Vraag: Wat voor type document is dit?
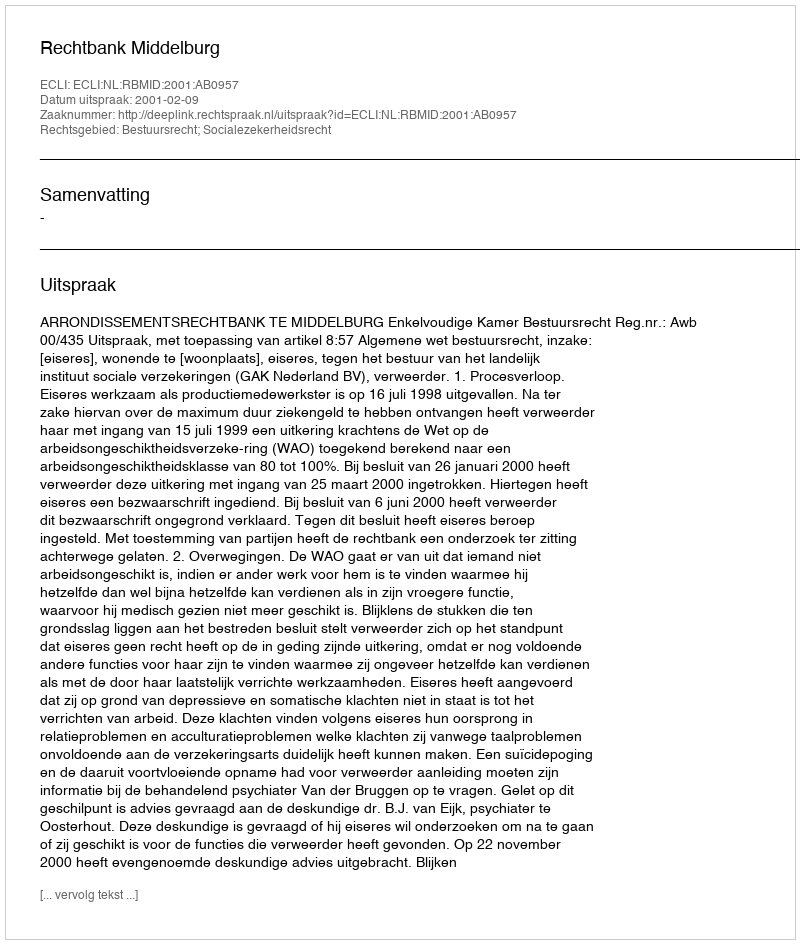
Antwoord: Uitspraak